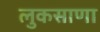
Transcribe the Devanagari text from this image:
लुकसाणा